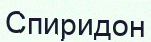
Спиридон